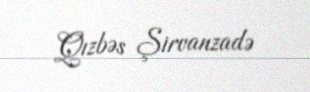
Qızbəs Şirvanzadə